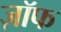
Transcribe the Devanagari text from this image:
ज़ॉफ